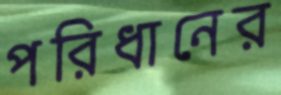
পরিধানের